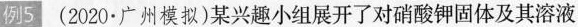
例5 (2020·广州模拟)某兴趣小组展开了对硝酸钾固体及其溶液